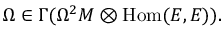
\Omega \in \Gamma ( \Omega ^ { 2 } M \otimes { \mathrm { H o m } } ( E , E ) ) .